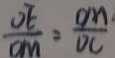
\frac { O E } { D M } = \frac { O M } { D C }